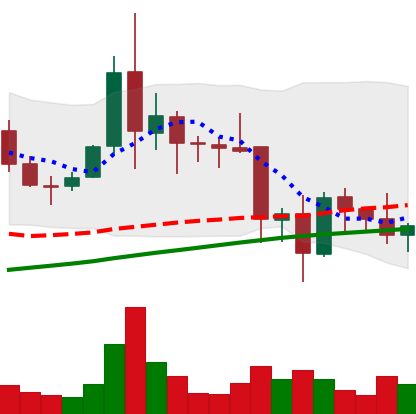
Ticker: XLM-USD
Chart end date: 2021-11-23
Forward return: -5.014%
Label: down_5_7